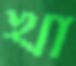
খা